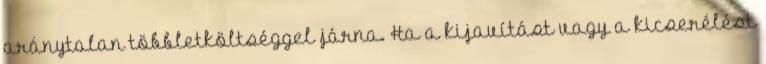
aránytalan többletköltséggel járna. Ha a kijavítást vagy a kicserélést